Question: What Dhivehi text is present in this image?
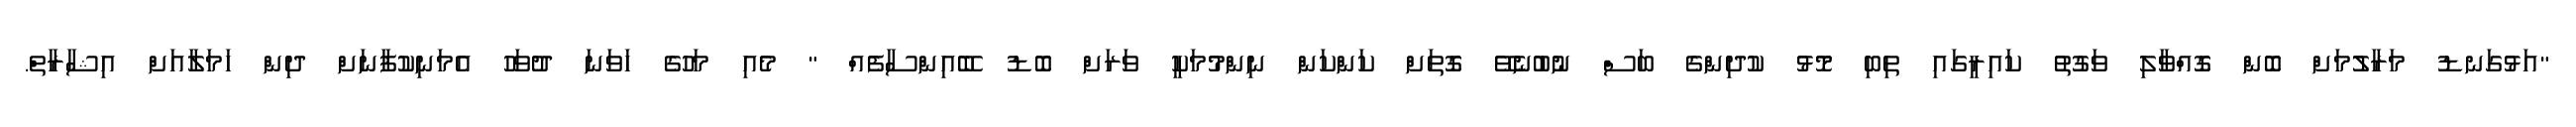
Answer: "އަޅުގަނޑު މަރާލުމަށް ބޮން ގޮއްވާލި ވަގުތު ކައިރީގައި ތިބި މޮޅު ކުދިންގެ ބަސް ނުބުނެވޭ ގޮތަށް ކަންކަން ނިންމުމަކީ ވަރަށް ބޮޑު ބޭއިންސާފެއް " މެއި މަހުގެ ހަވަނަ ދުވަހު އެމަނިކުފާނަށް ދިން ހަމަލާއަށް އިޝާރާތް.